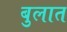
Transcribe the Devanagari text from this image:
बुलात